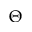
\Theta